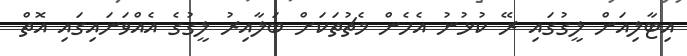
އިޓާލިއަން ލީގުގައި ރޭ ކުޅުނު އެހެން މެޗުތަކަށް ބަލާއިރު ލީގުގެ އެއްވަނައިގައި އޮތް